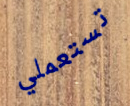
تستعملي